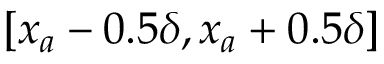
\left[ x _ { a } - 0 . 5 \delta , x _ { a } + 0 . 5 \delta \right]